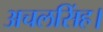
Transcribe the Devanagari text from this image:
अचलसिंह।